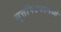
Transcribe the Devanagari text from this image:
सुत्तपिटकामध्ये